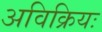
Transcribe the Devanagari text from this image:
अविक्रियः